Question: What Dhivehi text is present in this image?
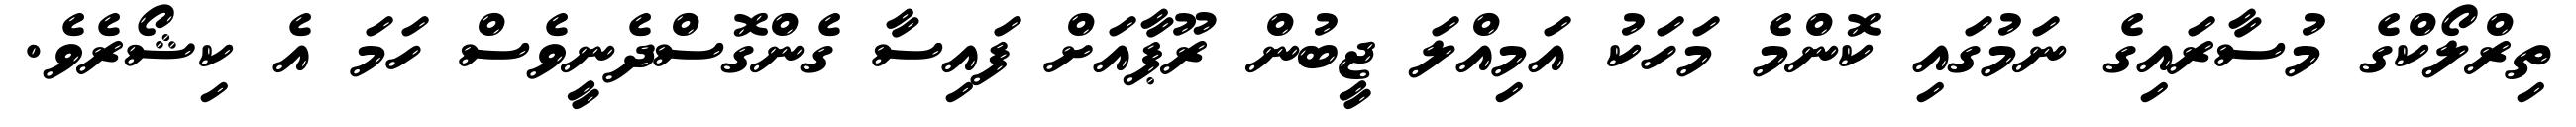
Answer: ތިރްލޯކްގެ މުސާރައިގެ ނަމުގައި ކޮންމެ މަހަކު އަމިއްލަ ޖީބުން ރޫޕާއަށް ފައިސާ ގެންގޮސްދެނީވެސް ހަމަ އެ ކިޝޯރެވެ.